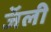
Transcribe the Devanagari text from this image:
जॅली